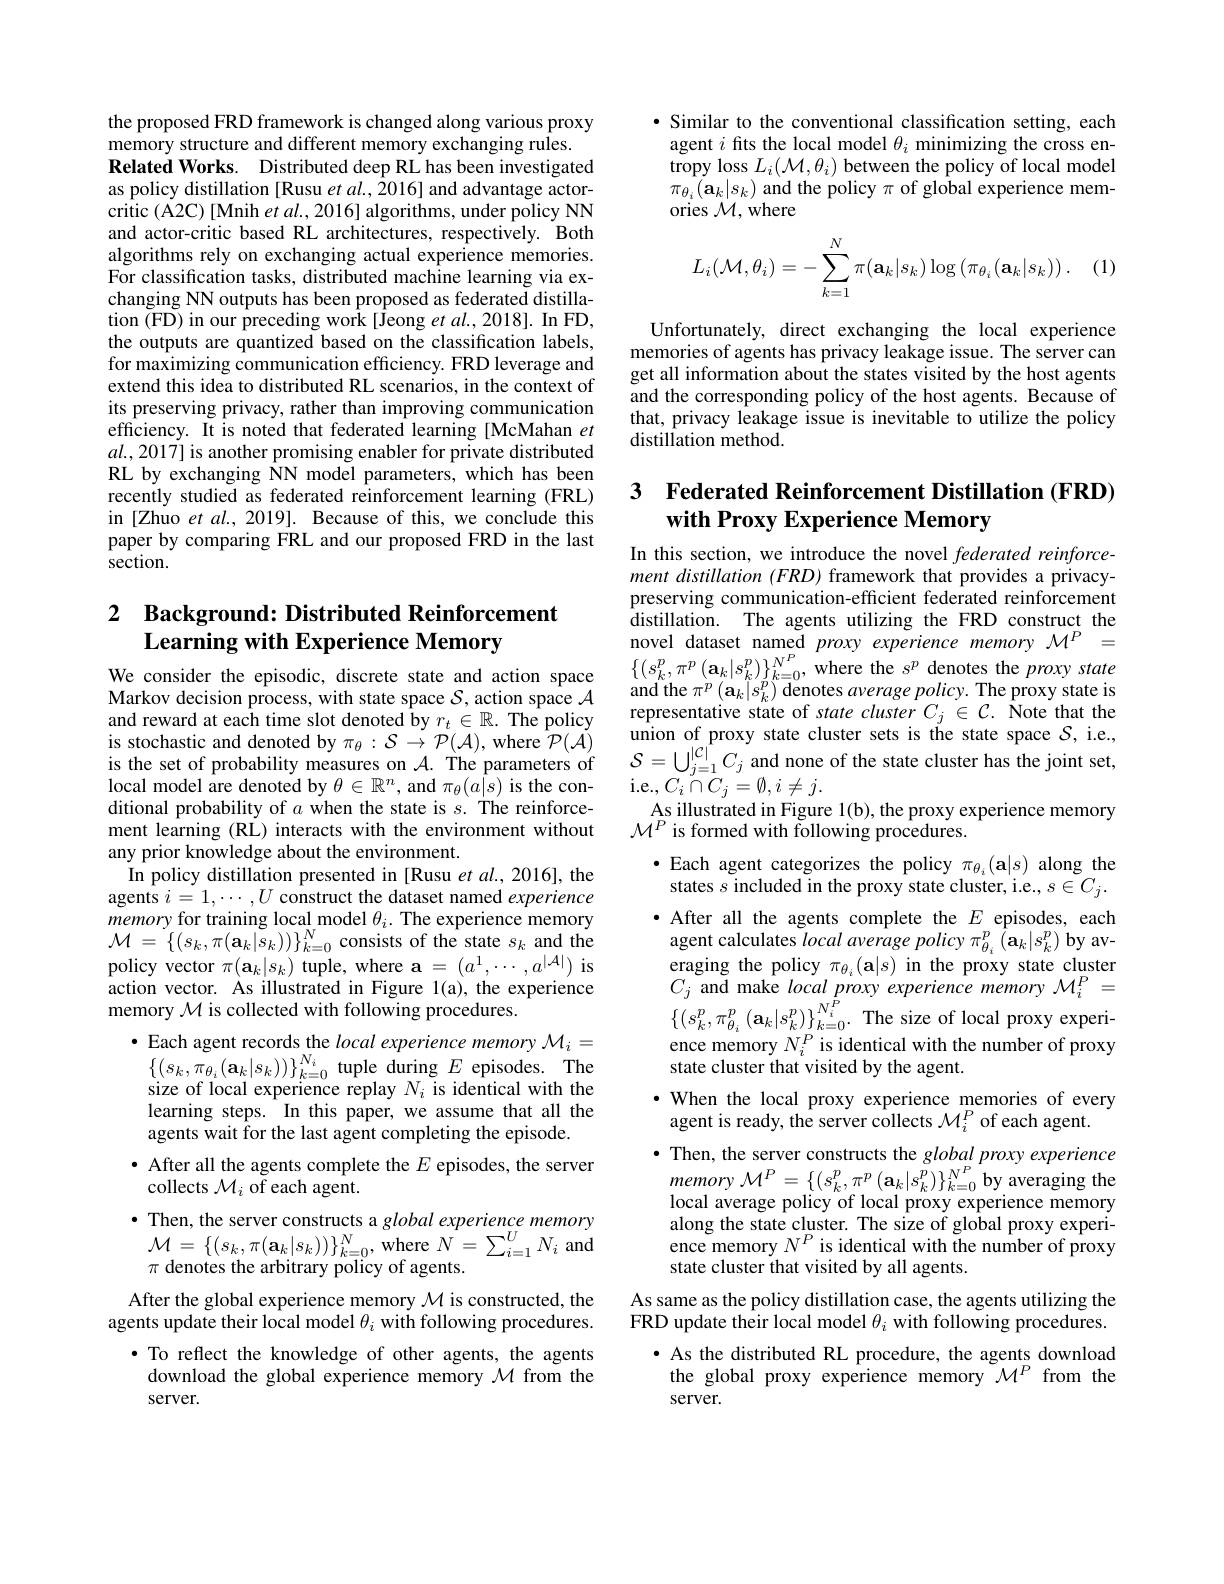
the proposed FRD framework is changed along various proxy
memory structure and different memory exchanging rules.
Related Works. Distributed deep RL has been investigated as policy distillation [Rusu et al., 2016] and advantage actor- $\hat{\mathrm{critic~(A2C)~[Mnih~et~al.,~2016]~algorithms,~under~policy~NN}}$ and actor-critic based RL architectures, respectively. Both algorithms rely on exchanging actual experience memories. For classification tasks, distributed machine learning via exchanging NN outputs has been proposed as federated distillation (FD) in our preceding work[Jeong et al., 2018]. In FD, the outputs are quantized based on the classification labels, for maximizing communication efficiency. FRD leverage and extend this idea to distributed RL scenarios, in the context of its preserving privacy, rather than improving communication efficiency. It is noted that federated learning [McMahan $et$ $al.,2017]$ is another promising enabler for private distributed RL by exchanging NN model parameters, which has been recently studied as federated reinforcement learning (FRL) in [Zhuo et al., 2019]. Because of this, we conclude this paper by comparing FRL and our proposed FRD in the last section.

## 2 Background: Distributed Reinforcement Learning with Experience Memory

We consider the episodic, discrete state and action space Markov decision process, with state space $\mathcal{S}$, action space $\mathcal{A}$ and reward at each time slot denoted by $r_t\in\mathbb{R}.$ The policy is stochastic and denoted by $\pi_\theta:\mathcal{S}\to\mathcal{P}(\mathcal{A})$, where $\mathcal{P}(\mathcal{A})_c$ is the set of probability measures on $\mathcal{A}.$ The parameters of local model are denoted by $\theta\in\mathbb{R}^n$, and $\pi_\theta(\hat{a|s})$ is the conditional probability of $a$ when the state is $s.$ The reinforcement learning (RL) interacts with the environment without any prior knowledge about the environment.
In policy distillation presented in [Rusu et al., 2016], the agents $i=1,\cdots,U$ construct the dataset named experience memory for training local model $\theta_i.$ The experience memory $\mathcal{M}=\{(s_{k},\pi(\mathbf{a}_{k}|s_{k}))\}_{k=0}^{N}$consists of the state $s_k$ and the policy vector $\pi(\mathbf{a}_k|s_k)$ tuple, where $\mathbf{a}=(a^1,\cdots,a^{|\mathcal{A}|})$ is action vector. As illustrated in Figure 1(a), the experience memory $\mathcal{M}$ is collected with following procedures.
$\bullet$ Each agent records the local experience memory $\mathcal{M}_i=$ $\{(s_{k},\pi_{\theta_{i}}(\mathbf{a}_{k}|s_{k}))\}_{k=0}^{N_{i}}$ tuple during $E$ episodes. The size of local experience replay $N_i$ is identical with the learning steps. In this paper, we assume that all the agents wait for the last agent completing the episode.
· After all the agents complete the $E$ episodes, the server
collects $\mathcal{M}_i$ of each agent.
· Then, the server constructs a global experience memory $\begin{array}{l}{\mathcal{M}=\{(s_{k},\pi(\mathbf{a}_{k}|s_{k}))\}_{k=0}^{N},\mathrm{~where~}N=\sum_{i=1}^{U}N_{i}\mathrm{~and}}\\{\pi\text{ denotes the arbitrary policy of agents.}}\end{array}$ After the global experience memory $\mathcal{M}$ is constructed, the
agents update their local model $\theta_i$ with following procedures.
·To reflect the knowledge of other agents, the agents download the global experience memory $\mathcal{M}$ from the server.

·Similar to the conventional classification setting, each agent $i$ fits the local model $\theta_i$ minimizing the cross entropy loss $L_i(\mathcal{M},\theta_i)$ between the policy of local model $\begin{array}{l}{\pi_{\theta_{i}}(\mathbf{a}_{k}|s_{k})\mathrm{~and~the~policy~}\pi\mathrm{~of~global~experience~mem}}\\{\mathrm{ories~}\mathcal{M},\mathrm{where}}\end{array}$
$$L_i(\mathcal M,\theta_i)=-\sum_{k=1}^N\pi(\mathbf{a}_k|s_k)\log\left(\pi_{\theta_i}(\mathbf{a}_k|s_k)\right).$$
Unfortunately, direct exchanging the local experience memories of agents has privacy leakage issue. The server can get all information about the states visited by the host agents and the corresponding policy of the host agents. Because of that, privacy leakage issue is inevitable to utilize the policy distillation method.

## 3 Federated Reinforcement Distillation (FRD) with Proxy Experience Memory

In this section, we introduce the novel federated reinforcement distillation (FRD) framework that provides a privacypreserving communication-efficient federated reinforcement distillation. The agents utilizing the FRD construct the $\begin{array}{l}{\mathrm{novel~dataset~named~}}proxy&{experience~memory~\mathcal{M}^{P}}&{=}\\{\{(s_{k}^{p},\pi^{p}\left(\mathbf{a}_{k}|s_{k}^{p}\right)\}_{k=0}^{N^{P}},\text{where the }s^{p}\text{ denotes the }proxystate}\end{array}$ and the $\pi ^{p}\left ( \mathbf{a} _{k}| s_{k}^{p}\right )$denotes average $policy.$The proxy state is representative state of state cluster $C_{j}\in \mathcal{C} .$ Note that the union of proxy state cluster sets is the state space $S$,i. e. $\mathcal{S}=\bigcup_{j=1}^{|\mathcal{C}|}C_{j}$ and none of the state cluster has the joint set, i.e.,$C_i\cap\bar{C}_j=\emptyset,i\neq j.$
$\underset{P\cdot c}{\operatorname*{As~illustrated~in~Figure~1(b),~the~proxy~experience~memory}}$
$\mathcal{M}^P$ is formed with following procedures.
$\bullet$Each agent categorizes the policy $\pi_{\theta_{i}}(\mathbf{a}|s)$ along the states $s$ included in the proxy state cluster, i.e., $s\in C_j.$ · After all the agents complete the $E$ episodes, each agent calculates localaverage policy $\pi_{\theta_i}^{p}\left(\mathbf{a}_k|s_k^p\right)$ by averaging the policy $\pi_{\theta_{i}}(\mathbf{a}|s)$ in the proxy state cluster $C_{j}$ and make local proxy experience memory $\mathcal{M}_i^P=$ $\left\{\left(s_{k}^{p},\pi_{\theta_{i}}^{p}\right.(\mathbf{a}_{k}|s_{k}^{p})\right\}_{k=0}^{N_{i}^{P}}.$The size of local proxy experience memory $N_i^P$ is identical with the number of proxy state cluster that visited by the agent.
$\cdot$ When the local proxy experience memories of every
agent is ready, the server collects $\mathcal{M}_i^P$ of each agent.
$\bullet$ Then, the server constructs the global proxy experience $\begin{array}{l}{\text{memory }\mathcal{M}^P=\left\{(s_k^p,\pi^p\left(\mathbf{a}_k|s_k^p\right)\right\}_{k=0}^{N^P}\mathrm{by~averaging~the}}\\{\text{local average policy of local proxy experience memory}}\end{array}$ along the state cluster. The size of global proxy experience memory $N^P$ is identical with the number of proxy state cluster that visited by all agents.
As same as the policy distillation case, the agents utilizing the FRD update their local model $\theta_i$ with following procedures.
· As the distributed RL procedure, the agents download the global proxy experience memory $\mathcal{M}^P$ from the server.